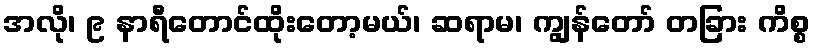
အလို၊ ၉ နာရီတောင်ထိုးတော့မယ်၊ ဆရာမ၊ ကျွန်တော် တခြား ကိစ္စ